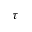
\tau